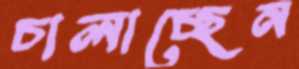
চালাচ্ছেন